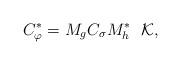
LaTeX: \begin{align*}C_{\varphi}^{*} = M_{g}C_{\sigma}M_h^{*} \ \ \mathcal{K},\end{align*}